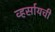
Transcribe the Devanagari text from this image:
व्हर्सायची